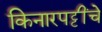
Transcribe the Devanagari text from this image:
किनारपट्टींचे